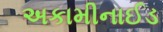
અકામીનાઈડ